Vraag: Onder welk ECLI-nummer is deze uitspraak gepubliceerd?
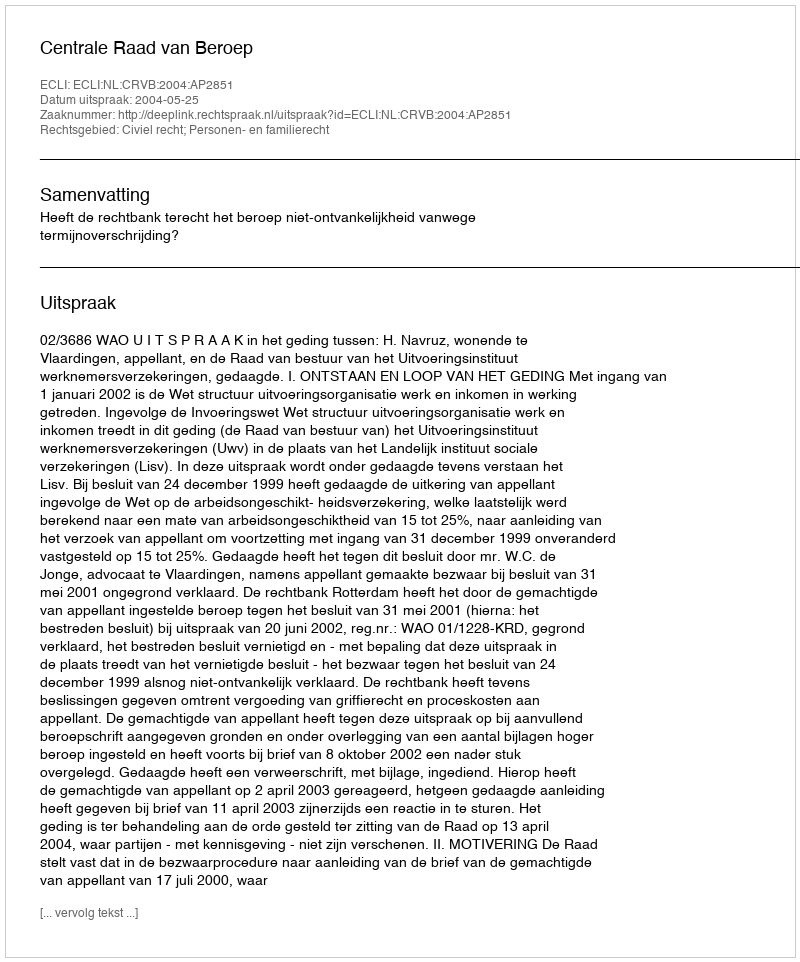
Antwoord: ECLI:NL:CRVB:2004:AP2851